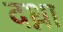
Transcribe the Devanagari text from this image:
दध्ना